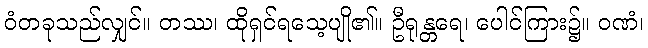
ဝံတခုသည်လျှင်။ တဿ၊ ထိုရှင်ရသေ့ပျို၏။ ဦရုန္တရေ၊ ပေါင်ကြား၌။ ဝဏံ၊